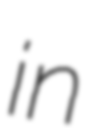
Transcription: in